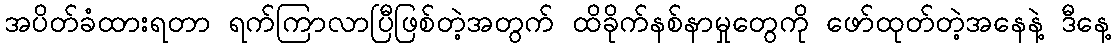
အပိတ်ခံထားရတာ ရက်ကြာလာပြီဖြစ်တဲ့အတွက် ထိခိုက်နစ်နာမှုတွေကို ဖော်ထုတ်တဲ့အနေနဲ့ ဒီနေ့